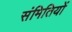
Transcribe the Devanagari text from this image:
संमितियों